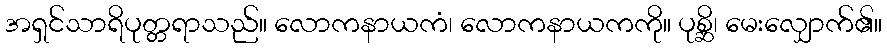
အရှင်သာရိပုတ္တရာသည်။ လောကနာယကံ၊ လောကနာယကကို။ ပုစ္ဆိ၊ မေးလျှောက်၏။